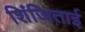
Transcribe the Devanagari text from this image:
शिंजिताई